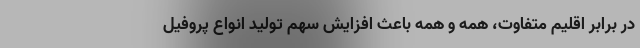
در برابر اقلیم متفاوت، همه و همه باعث افزایش سهم تولید انواع پروفیل